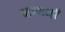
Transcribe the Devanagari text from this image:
नागाहाँ